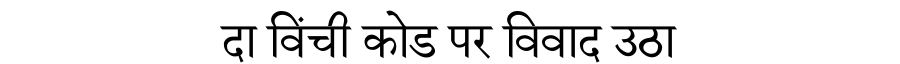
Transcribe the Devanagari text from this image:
दा विंची कोड पर विवाद उठा